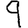
Digit: 9